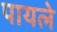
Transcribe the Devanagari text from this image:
पायले